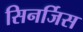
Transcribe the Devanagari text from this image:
सिनर्जिस